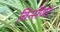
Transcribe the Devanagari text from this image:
विन्सेंजो